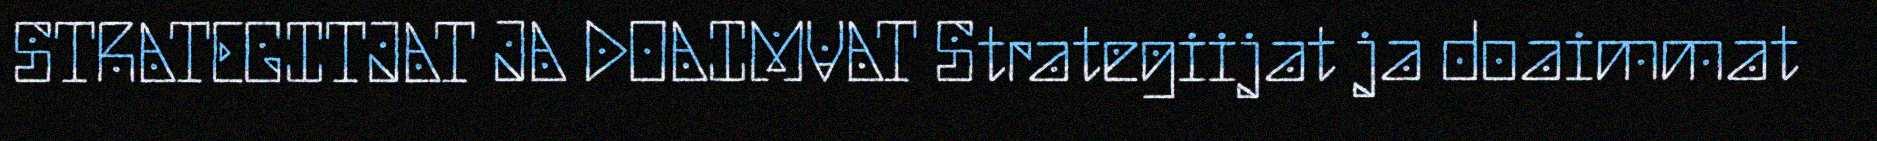
STRATEGITJAT JA DOAIMVAT Strategiijat ja doaimmat